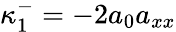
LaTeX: \kappa_{1}^{-}=-2a_{0}a_{xx}